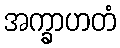
အက္ခာဟတံ